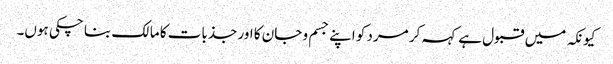
کیونکہ میں قبول ہے کہہ کر مرد کو اپنے جسم و جان کا اور جذبات کا مالک بنا چکی ہوں۔